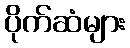
ပိုက်ဆံများ